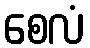
စေလံ